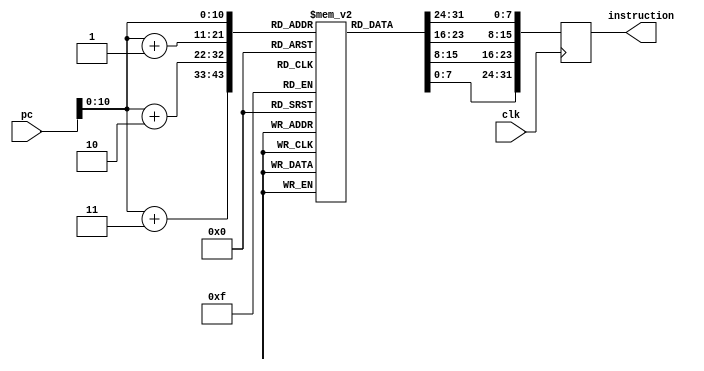
module instruction_mem(clk, pc, instruction);
	
	input clk;
	input [31:0] pc;
	output [31:0] instruction;

	reg [31:0] ins;
	reg [7:0] MEM [0:2047];
	
	assign instruction = ins;
	
	always@(negedge clk)begin
		ins = {MEM[pc], MEM[pc+1], MEM[pc+2], MEM[pc+3]};
	end
	
endmodule